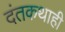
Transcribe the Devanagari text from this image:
दंतकथाही